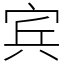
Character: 宾